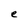
Character: e